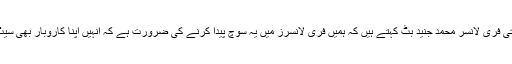
نارتھ بے سلیوشن (North Bay Solution)کے سابق سوفٹ وئیر انجینئر اور اب کل وقتی فری لانسر محمد جنید بٹ کہتے ہیں کہ ہمیں فری لانسرز میں یہ سوچ پیدا کرنے کی ضرورت ہے کہ انہیں اپنا کاروبار بھی سیٹ کرنا ہے ان کے پاس اتنی قابلیت اور ذرائع ہیں کہ وہ اپنے آئیڈیاز پر عملدرآمد کرسکیں ۔